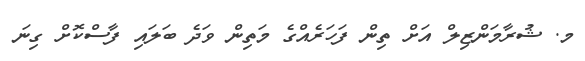
މ. ޝުރާމަންޒިލް އަށް ތިން ފަހަރެއްގެ މަތިން ވަދެ ބަލައި ފާސްކޮށް ގިނަ